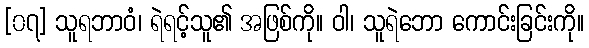
[၀၇] သူရဘာဝံ၊ ရဲရင့်သူ၏ အဖြစ်ကို။ ဝါ၊ သူရဲဘော ကောင်းခြင်းကို။